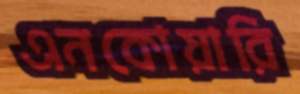
এনকোয়ারি